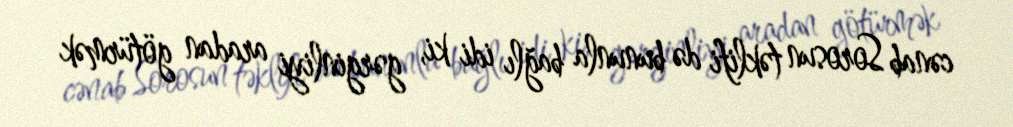
cənab Sorosun təklifi də bununla bağlı idi ki, gərginliyi aradan götürmək